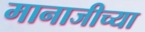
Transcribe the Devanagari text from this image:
मानाजीच्या